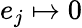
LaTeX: e_{j}\mapsto 0